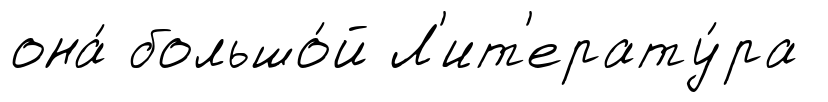
она́ большо́й Л'ит'ерату́ра